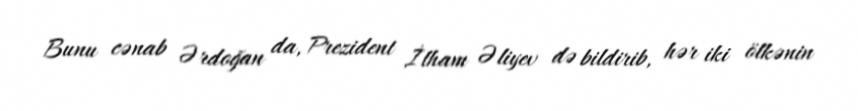
Bunu cənab Ərdoğan da, Prezident İlham Əliyev də bildirib, hər iki ölkənin